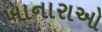
ખાનારાઓ